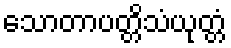
သောတာပတ္တိသံယုတ္တံ